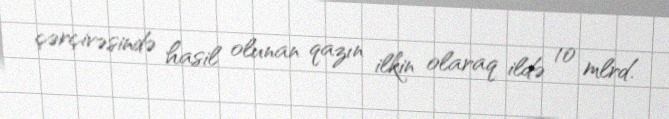
çərçivəsində hasil olunan qazın ilkin olaraq ildə 10 mlrd.